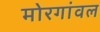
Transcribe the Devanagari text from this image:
मोरगांवल